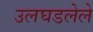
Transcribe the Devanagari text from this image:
उलघडलेले